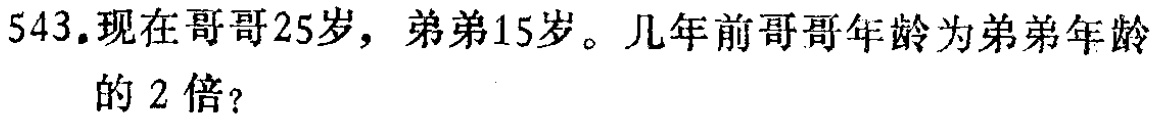
543.现在哥哥25岁，弟弟15岁。几年前哥哥年龄为弟弟年龄的2倍？